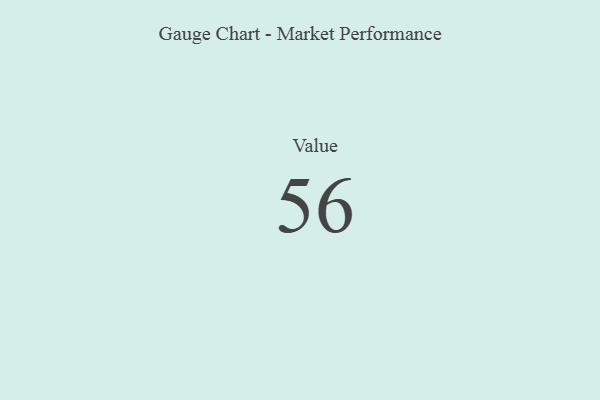
{"axis": {"x": "Metric", "y": "Value"}, "legend": [""], "data": [{"x": "Value", "y": 56, "type": ""}]}